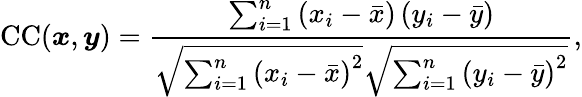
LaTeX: \mathrm{CC}({\boldsymbol{x}},{\boldsymbol{y}})=\frac{\sum_{i=1}^{n}\left(x_{i}-\bar{x}\right)\left(y_{i}-\bar{y}\right)}{\sqrt{\sum_{i=1}^{n}\left(x_{i}-\bar{x}\right)^{2}}\sqrt{\sum_{i=1}^{n}\left(y_{i}-\bar{y}\right)^{2}}},